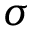
\sigma